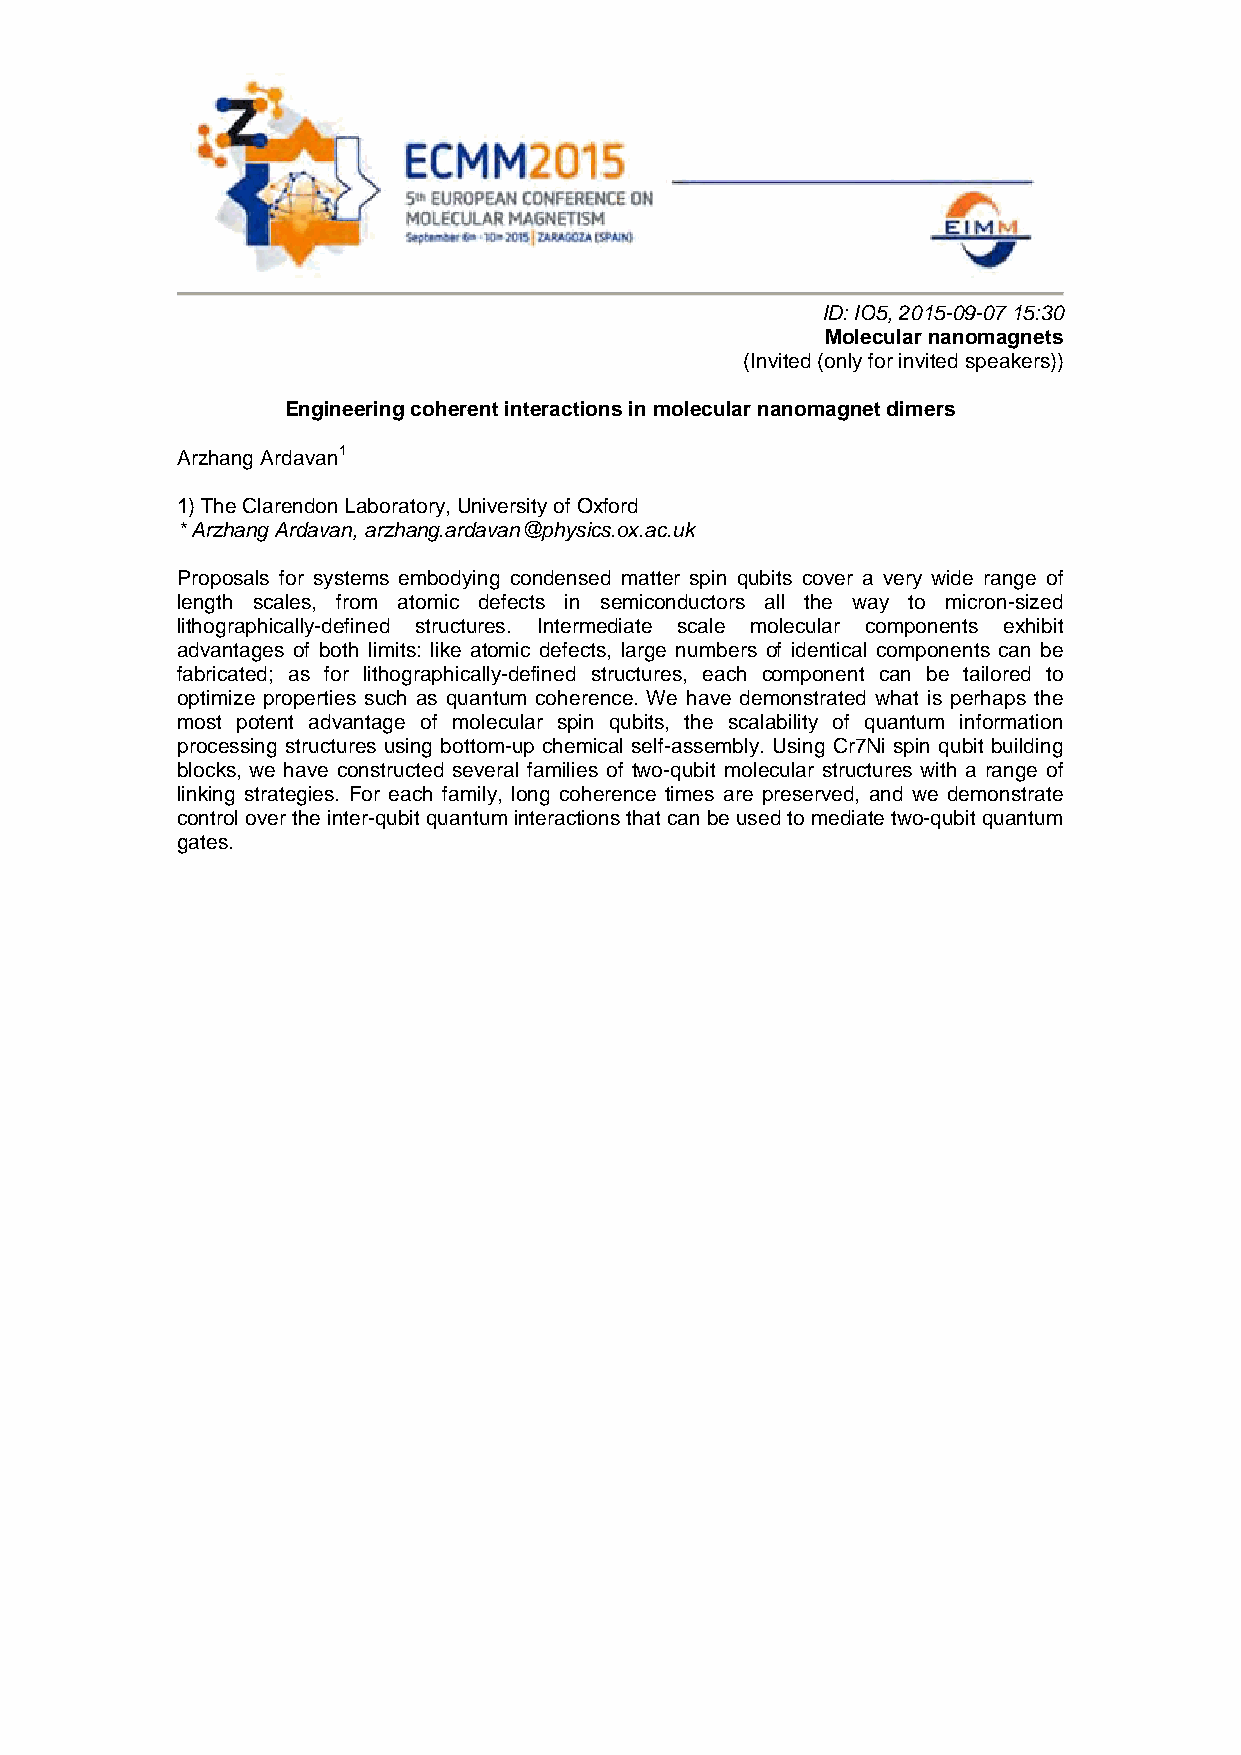
ID: IO5, 2015-09-07 15:30
 Molecular nanomagnets
 (Invited (only for invited speakers))
 Engineering coherent interactions in molecular nanomagnet dimers
 Arzhang Ardavan1
 1) The Clarendon Laboratory, University of Oxford
 * Arzhang Ardavan, arzhang.ardavan@physics.ox.ac.uk
 Proposals for systems embodying condensed matter spin qubits cover a very wide range of
 length scales, from atomic defects in semiconductors all the way to micron-sized
 lithographically-defined structures. Intermediate scale molecular components exhibit
 advantages of both limits: like atomic defects, large numbers of identical components can be
 fabricated; as for lithographically-defined structures, each component can be tailored to
 optimize properties such as quantum coherence. We have demonstrated what is perhaps the
 most potent advantage of molecular spin qubits, the scalability of quantum information
 processing structures using bottom-up chemical self-assembly. Using Cr7Ni spin qubit building
 blocks, we have constructed several families of two-qubit molecular structures with a range of
 linking strategies. For each family, long coherence times are preserved, and we demonstrate
 control over the inter-qubit quantum interactions that can be used to mediate two-qubit quantum
 gates.